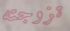
تزوجته